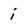
Character: i